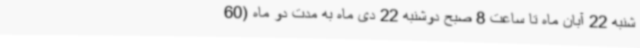
شنبه 22 آبان ماه تا ساعت 8 صبح دوشنبه 22 دی ماه به مدت دو ماه (60